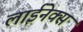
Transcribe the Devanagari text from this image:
लाईनेक्स